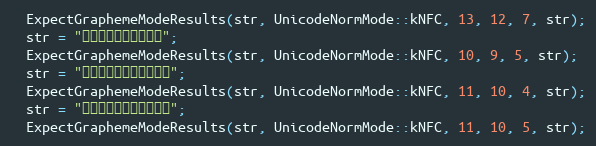
Language: C++
  ExpectGraphemeModeResults(str, UnicodeNormMode::kNFC, 13, 12, 7, str);
  str = "ទំនុកច្រៀង";
  ExpectGraphemeModeResults(str, UnicodeNormMode::kNFC, 10, 9, 5, str);
  str = "កាលីហ្វូញ៉ា";
  ExpectGraphemeModeResults(str, UnicodeNormMode::kNFC, 11, 10, 4, str);
  str = "ចាប់ពីផ្លូវ";
  ExpectGraphemeModeResults(str, UnicodeNormMode::kNFC, 11, 10, 5, str);